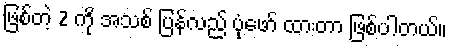
ဖြစ်တဲ့ 2 ကို အသစ် ပြန်လည် ပုံဖော် ထားတာ ဖြစ်ပါတယ်။